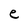
Character: e